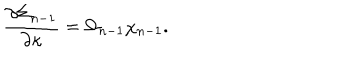
{ \frac { \partial \Sigma _ { n - 1 } } { \partial \kappa } } = \Omega _ { n - 1 } \chi _ { n - 1 } .